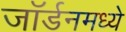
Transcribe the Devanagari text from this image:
जॉर्डनमध्ये